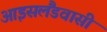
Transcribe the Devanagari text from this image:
आइसलैंडवासी